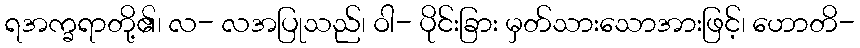
ရအက္ခရာတို့၏၊ လ- လအပြုသည်၊ ဝါ- ပိုင်းခြား မှတ်သားသောအားဖြင့်၊ ဟောတိ-